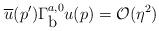
LaTeX: \begin{align*}\overline u(p^\prime)\Gamma^{a,0}_{\mbox {b}}u(p) = {\cal O} (\eta^2)\end{align*}